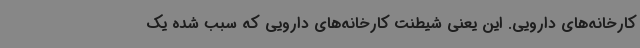
کارخانه‌های دارویی. این یعنی شیطنت کارخانه‌های دارویی که سبب شده یک